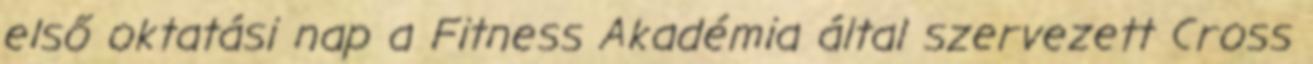
első oktatási nap a Fitness Akadémia által szervezett Cross